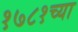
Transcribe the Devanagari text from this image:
१७८१च्या